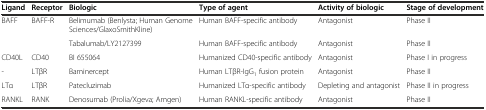
| Ligand | Receptor | Biologic | Type of agent | Activity of biologic | Stage of development |
 | --- | --- | --- | --- | --- | --- |
 | <ROWSPAN=2> BAFF | <ROWSPAN=2> BAFF-R | Belimumab (Benlysta; Human Genome Sciences/GlaxoSmithKline) | Human BAFF-specific antibody | Antagonist | Phase II |
 | Tabalumab/LY2127399 | Human BAFF-specific antibody | Antagonist | Phase II |
 | CD40L | CD40 | BI 655064 | Humanized CD40-specific antibody | Antagonist | Phase I in progress |
 | - | LTβR | Baminercept | Human LTβR-IgG1 fusion protein | Antagonist | Phase II |
 | LTα | LTβR | Patecluzimab | Humanized LTα-specific antibody | Depleting and antagonist | Phase II in progress |
 | RANKL | RANK | Denosumab (Prolia/Xgeva; Amgen) | Human RANKL-specific antibody | Antagonist | Phase II |